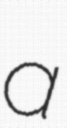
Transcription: a